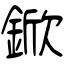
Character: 鍁